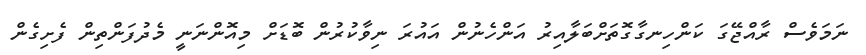
ނަމަވެސް ރާއްޖޭގަ ކަންހިނގާގޮތަށްބަލާއިރު އަންހެނުން އައުރަ ނިވާކުރުން ބޮޑަށް މިއޮންނަނީ މެދުފަންތިން ފެށިގެން